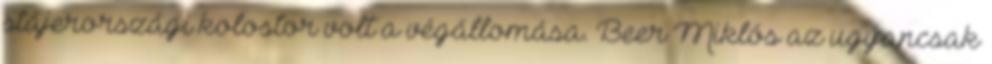
stájerországi kolostor volt a végállomása. Beer Miklós az ugyancsak